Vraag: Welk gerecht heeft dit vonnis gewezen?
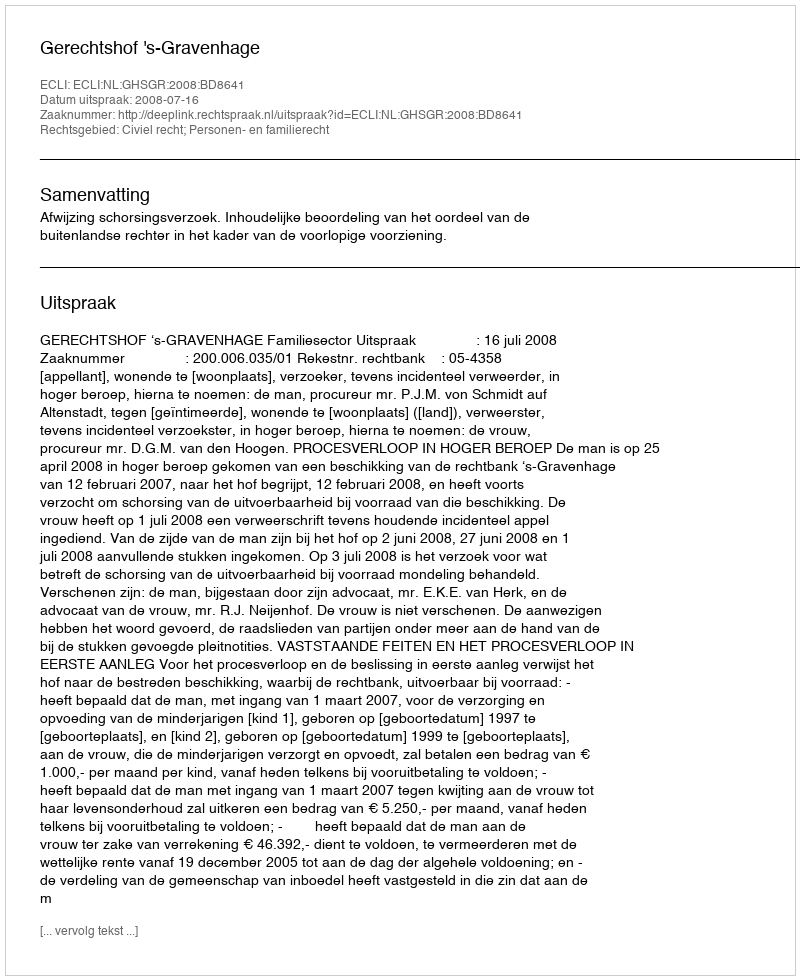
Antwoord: Gerechtshof 's-Gravenhage